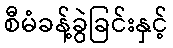
စီမံခန့်ခွဲခြင်းနှင့်